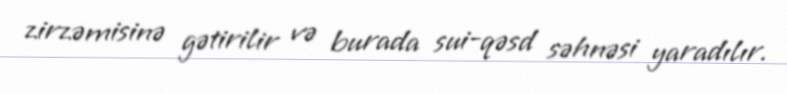
zirzəmisinə gətirilir və burada sui-qəsd səhnəsi yaradılır.